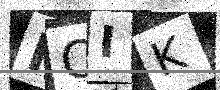
Text: KQIK